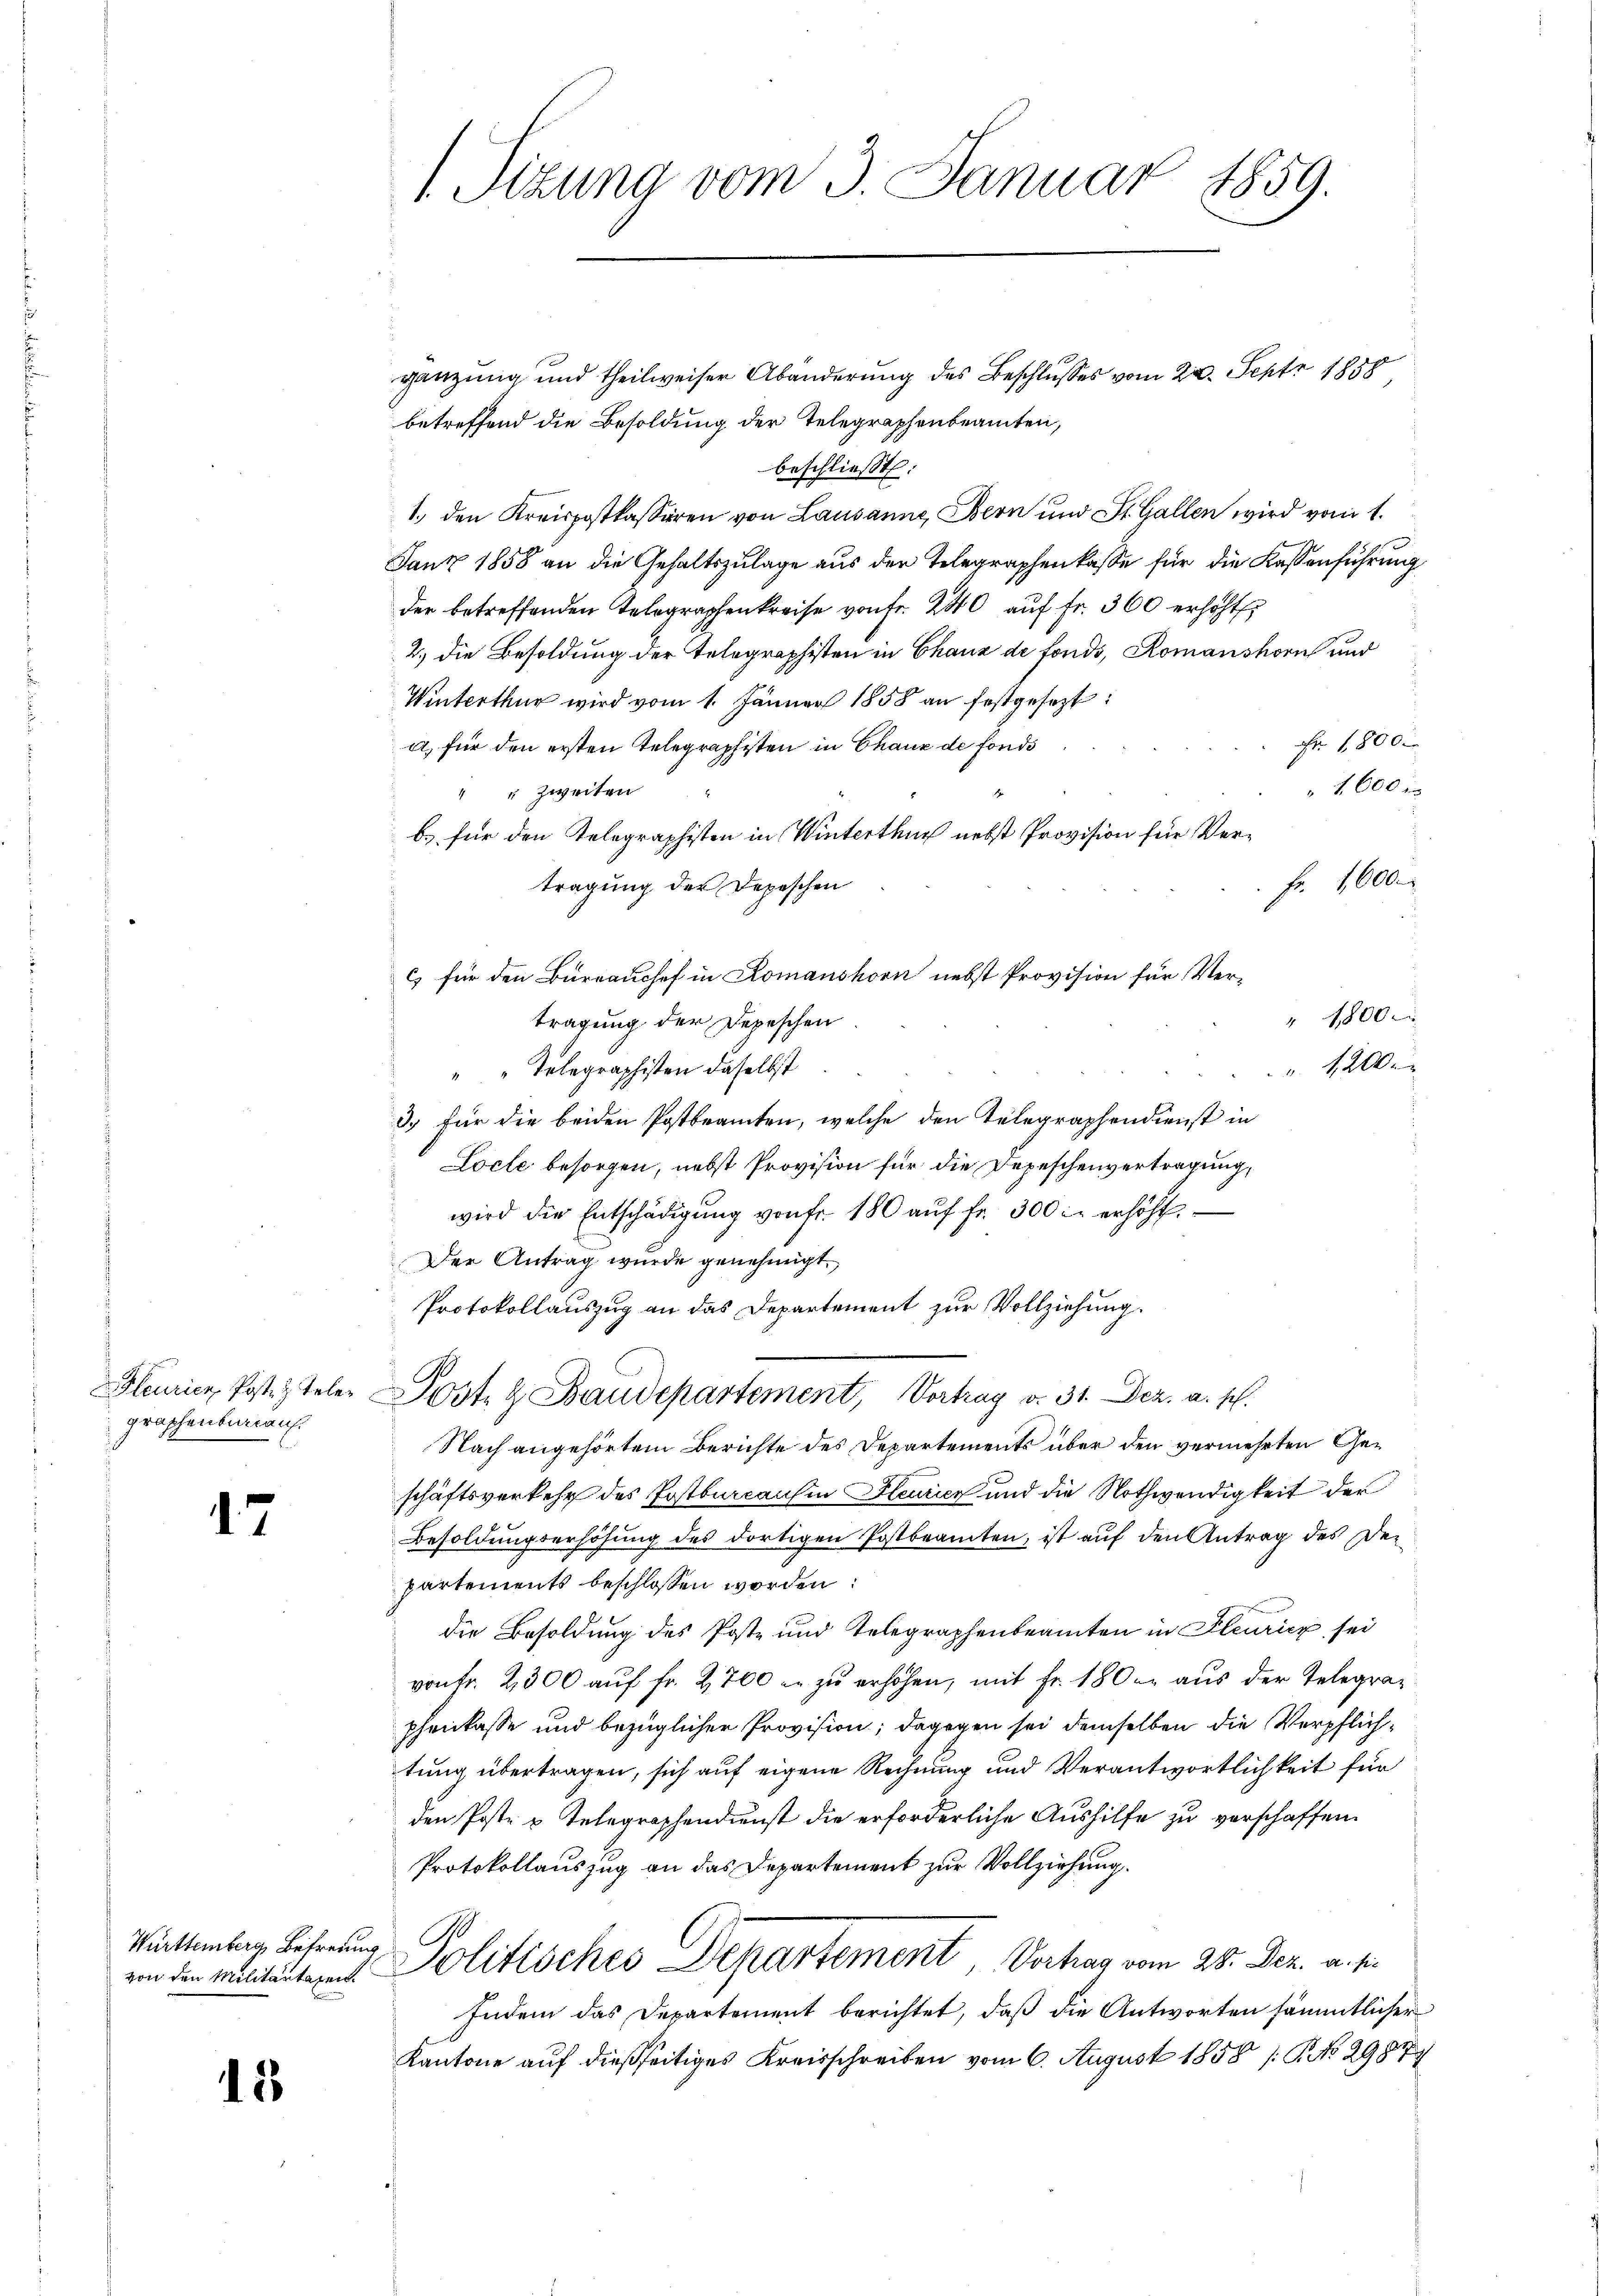
graphenberaus.

17

Württemberg Befreiung

15

Sizung vom 3. Januar 1859.

gänzung und theilweiser Abänderung des Beschlusses vom 22. Sept. 1858
betreffend die Besoldung der Telegraphenbeamten,
beschließt:
1. den Kreispostkassieren von Lausanne, Bern und St. Gallen wird vom 1.
Janz 1858 an die Gehaltszulage aus der Telegraphenkasse für die Kassenführung
der betreffenden Telegraphenkreise von Fr. 240 aŭf fr. 360 erhöht.
2.) die Besoldung der Telegraphisten in Chaux de fonds, Romanshorn und
Winterthur wird vom 1. Jänner 1858 an festgesezt:
Fr. 1800.
a) für den ersten Telegraphisten in Chaux de fonds
 1600 x
S
" " zweiten
b.) für den Relegraphisten in Winterthur nebst Provision für Ver¬
 Fr. 1600.
tragung der Depeschen
c) für den Bureaushof in Romanshorn nebst Provision für Ver¬
" 1800 c
tragung der Depeschen
1
"" Telegraphisten daselbst
3.) Für die beiden Postbeamten, welche den Telegraphendienst in
Locle besorgen, nebst Provision für die Depeschenvertragung,
wird die Entschädigŭng von fr. 180 aŭf fr. 300 r. erhöht.
Der Antrag wurde genehmigt.
Protokollauszug an das Departement zur Vollziehung.
leurien Post.  Teler Post & Baudepartement, Vortrag v. 31. Dez. a. s.
Nach angehörtem Berichte des Departements über den vermehrten Geschäftsverkehr des Postburcausin leurien und die Nothwendigkeit der
Besoldungserhöhung des dortigen Postbeamten, ist auf den Antrag des Departements beschlossen worden:
die Besoldung des Poste und Telegraphenbeamten in Fleuricz sei
vontr. 2300 aŭf fr. 2,700 er zu erhöhen, mit Fr. 1800. aus der Telegraz
phenkasse und bezüglicher Provision; dagegen sei demselben die Verpflichtung übertragen, sich auf eigene Rechnung und Verantwortlichkeit für
den Poste u. Telegraphendienst die erforderliche Aushilfe zu verschaffen.
Protokollauszug an das Departement zur Vollziehung.
von den mitteitern Politisches Departement, Verhag vom 28. Dez. a. p.
Indem das Departement berichtet, daß die Antworten sämmtlicher
Kantone auf dießseitiges Kreisschreiben vom 6. August 1858 /: P. No 2987